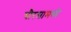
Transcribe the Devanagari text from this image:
चौरसामध्ये